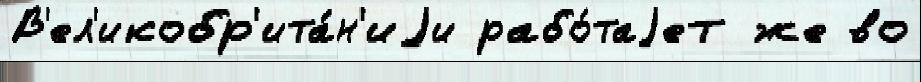
В'ел'икобр'ита́н'иjи рабо́таjет же во